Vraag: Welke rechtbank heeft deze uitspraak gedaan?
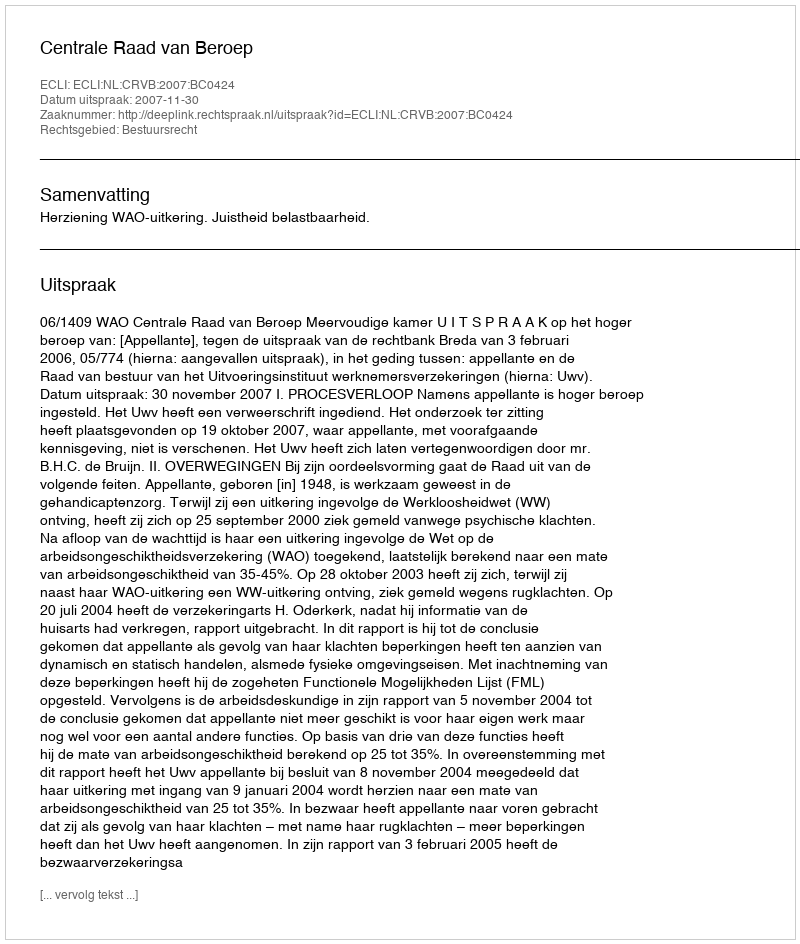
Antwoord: Centrale Raad van Beroep